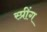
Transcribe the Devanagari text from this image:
स्प्रींग